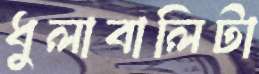
ধুলাবালিটা